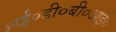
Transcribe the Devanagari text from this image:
आई०डी०बी०आई०